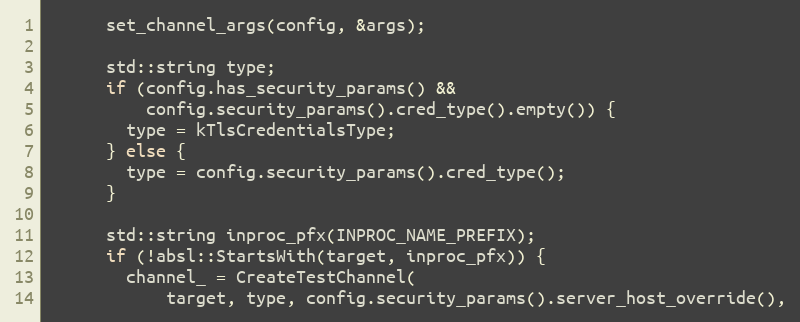
Language: C
      set_channel_args(config, &args);

      std::string type;
      if (config.has_security_params() &&
          config.security_params().cred_type().empty()) {
        type = kTlsCredentialsType;
      } else {
        type = config.security_params().cred_type();
      }

      std::string inproc_pfx(INPROC_NAME_PREFIX);
      if (!absl::StartsWith(target, inproc_pfx)) {
        channel_ = CreateTestChannel(
            target, type, config.security_params().server_host_override(),